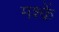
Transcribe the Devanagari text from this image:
मश्क़ें